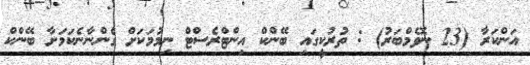
އަންކަރާ (23 ނޮވެމްބަރު) : ތުރުކީގައި ބޭންކް އިންޓްރެސްޓް ނިމުމަކަށް ގެންނާނެކަމަށާ ބޭންކް